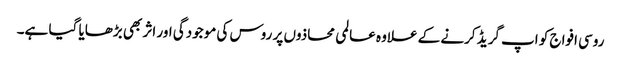
روسی افواج کو اپ گریڈ کرنے کے علاوہ عالمی محاذوں پر روس کی موجودگی اور اثر بھی بڑھایا گیا ہے۔